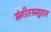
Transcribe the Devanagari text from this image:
संगीतसमूहात